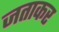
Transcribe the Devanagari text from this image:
जताकर